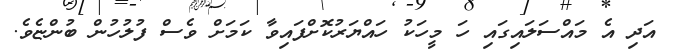
އަދި އެ މައްސަލައިގައި ހަ މީހަކު ހައްޔަރުކޮށްފައިވާ ކަމަށް ވެސް ފުލުހުން ބުންޏެވެ.